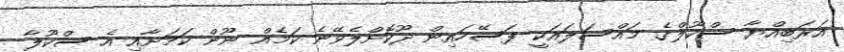
އަރަބިއްޔާ ސްކޫލްގެ މައްސަލައަކީ ފަސޭހައިން ދޫކޮށްލެވޭނެ ކަމެއް ނޫން ކަމަށާއި އެ ސްކޫލާ